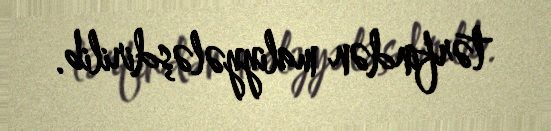
tərfindən maliyyələşdirilib.